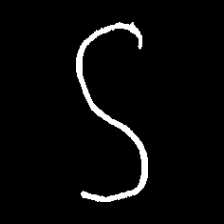
Pyu character \u2014 Myanmar letter: ဌ (romanized: ttha)